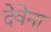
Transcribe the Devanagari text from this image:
देवेना